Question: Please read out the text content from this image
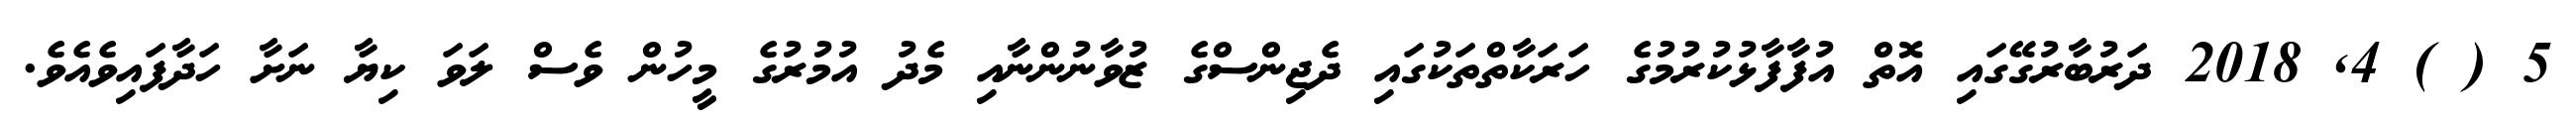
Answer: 5 ( ) 4, 2018 ދަރުބާރުގޭގައި އޮތް އުފާފާޅުކުރުމުގެ ހަރަކާތްތަކުގައި ދެޖިންސްގެ ޒުވާނުންނާއި މެދު އުމުރުގެ މީހުން ވެސް ލަވަ ކިޔާ ނަށާ ހަދާފައިވެއެވެ.